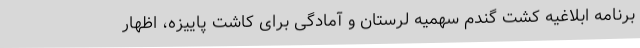
برنامه ابلاغیه کشت گندم سهمیه لرستان و آمادگی برای کاشت پاییزه، اظهار